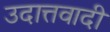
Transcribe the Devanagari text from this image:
उदात्तवादी